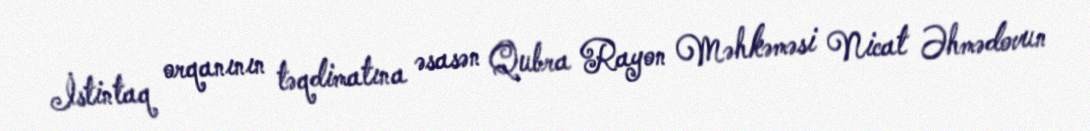
İstintaq orqanının təqdimatına əsasən Qubra Rayon Məhkəməsi Nicat Əhmədovun